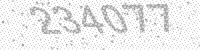
Solution: 234077